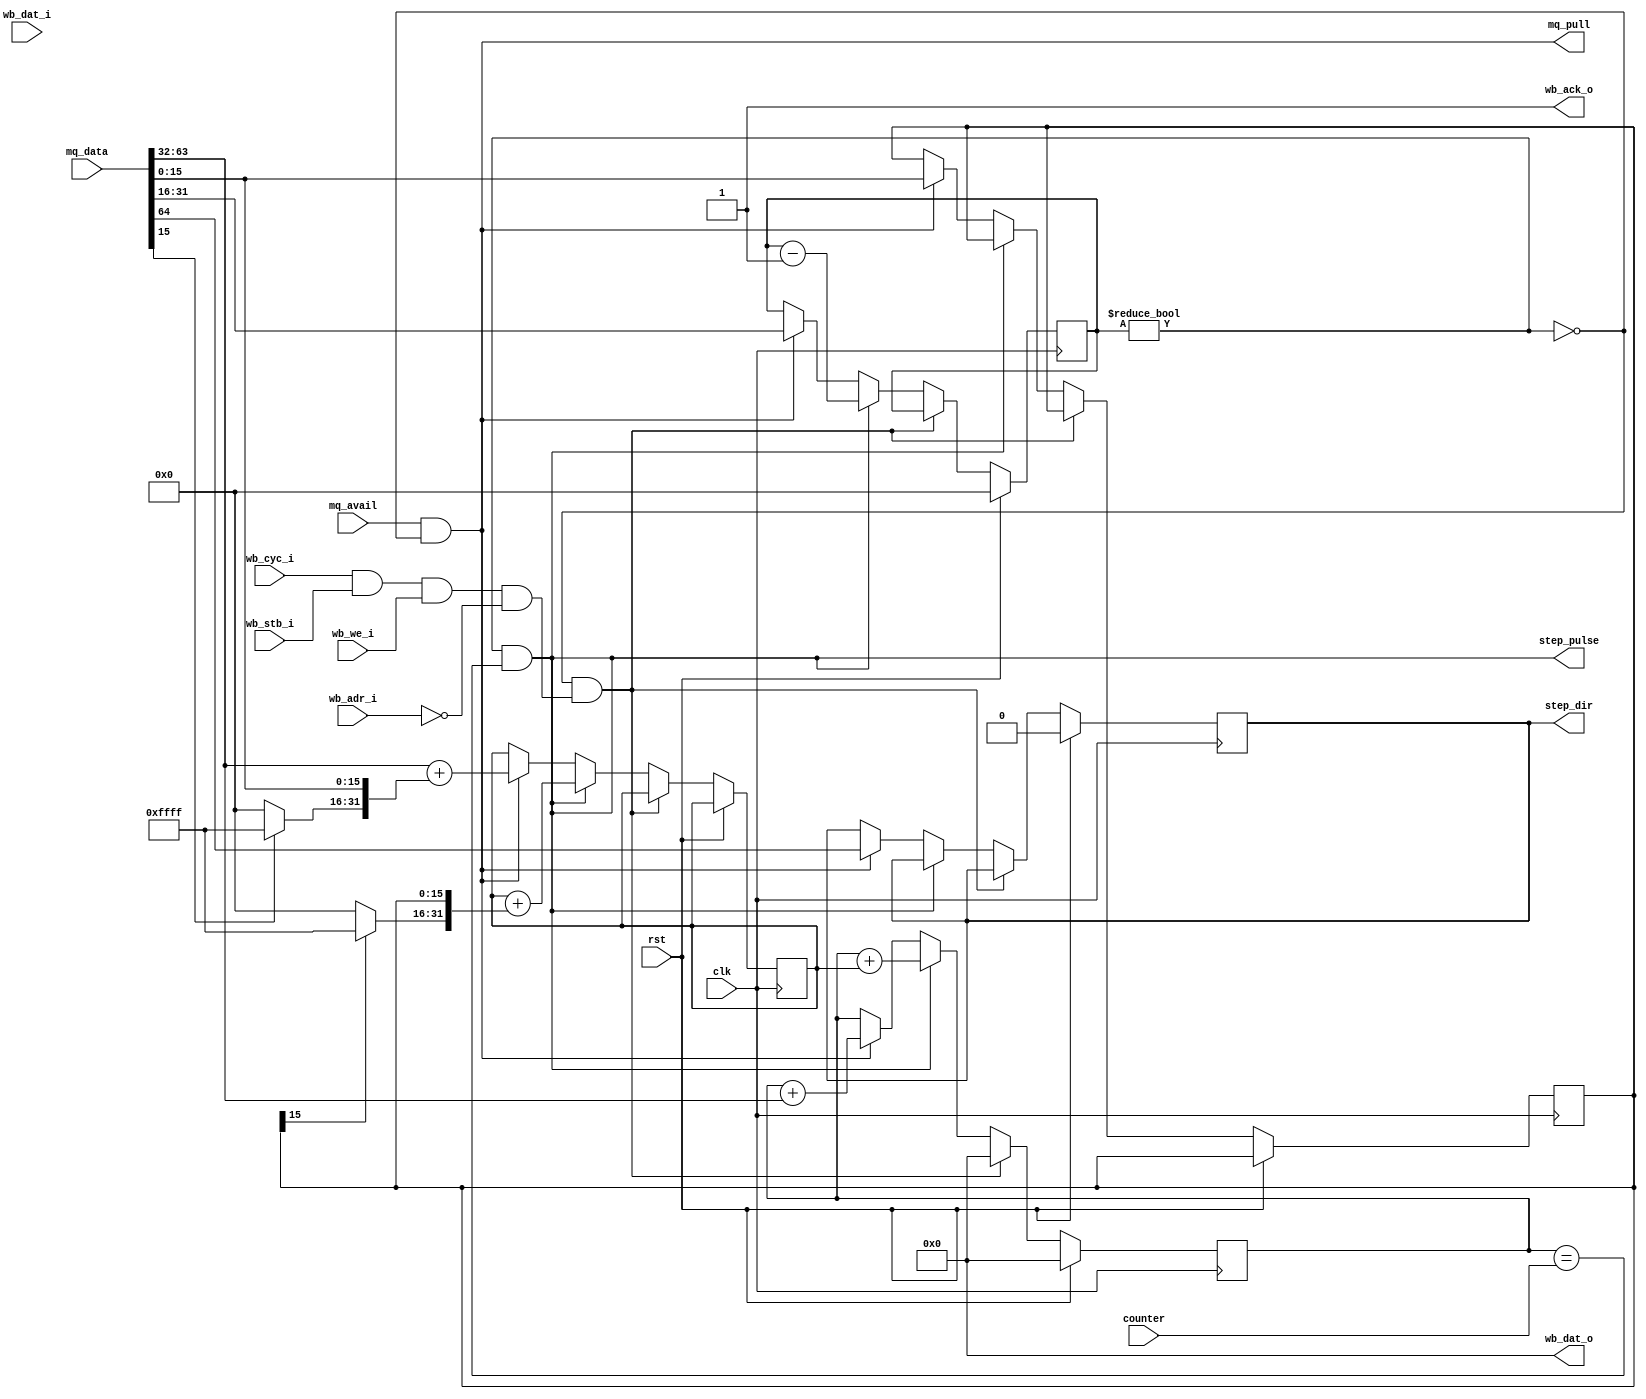
/* Scheduling of step signals
 *
 * Copyright (c) 2024  Kevin O'Connor <kevin@koconnor.net>
 * SPDX-License-Identifier: Apache-2.0
 */

module schedstep (
    input clk, rst,

    output step_pulse, output reg step_dir,
    input [31:0] counter,
    input [64:0] mq_data, input mq_avail, output mq_pull,

    input wb_stb_i, input wb_cyc_i, input wb_we_i,
    input [3:0] wb_adr_i,
    input [31:0] wb_dat_i,
    output [31:0] wb_dat_o,
    output wb_ack_o
    );

    // Current schedule
    reg [31:0] interval;
    reg [15:0] count;
    reg [15:0] add;
    wire [31:0] sadd = { add[15] ? 16'hffff : 16'h0000, add };
    wire next_step_dir = mq_data[64];
    wire [31:0] next_interval = mq_data[63:32];
    wire [15:0] next_count = mq_data[31:16];
    wire [15:0] next_add = mq_data[15:0];
    wire [31:0] next_sadd = { next_add[15] ? 16'hffff : 16'h0000, next_add };
    wire is_active = count != 0;
    reg [31:0] next_step_clock;
    wire is_command_reset;
    always @(posedge clk) begin
        if (rst) begin
            next_step_clock <= 0;
            count <= 0;
            step_dir <= 0;
        end else if (!is_active && is_command_reset) begin
            next_step_clock <= 0;
        end else if (step_pulse) begin
            next_step_clock <= next_step_clock + interval;
            interval <= interval + sadd;
            count <= count - 1;
        end else if (mq_pull) begin
            next_step_clock <= next_step_clock + next_interval;
            interval <= next_interval + next_sadd;
            count <= next_count;
            add <= next_add;
            step_dir <= next_step_dir;
        end
    end
    assign step_pulse = is_active && next_step_clock == counter;
    assign mq_pull = mq_avail && !is_active;

    // Wishbone command handling
    wire is_command = wb_cyc_i && wb_stb_i && wb_we_i;
    assign is_command_reset = is_command && wb_adr_i == 0;
    assign wb_dat_o = 0;
    assign wb_ack_o = 1;

endmodule